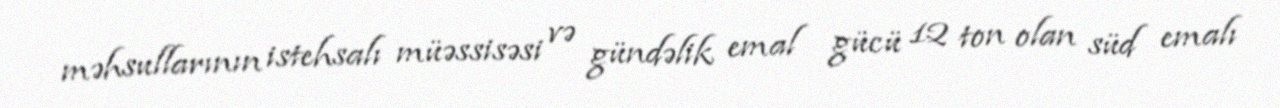
məhsullarının istehsalı müəssisəsi və gündəlik emal gücü 12 ton olan süd emalı